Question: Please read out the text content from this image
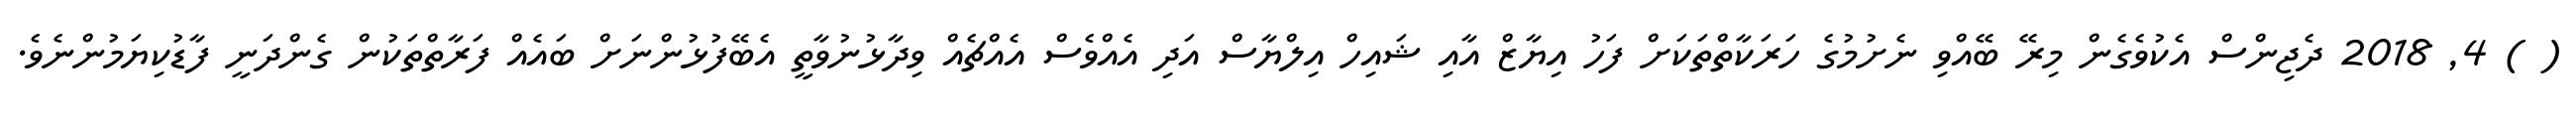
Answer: ( ) 4, 2018 ދެޖިންސް އެކުވެގެން މިރޭ ބޭއްވި ނެށުމުގެ ހަރަކާތްތަކަށް ފަހު އިޔާޒް އާއި ޝައިހް އިލްޔާސް އަދި އެއްވެސް އެއްޗެއް ވިދާޅުނުވާތީ އެބޭފުޅުންނަށް ބައެއް ފަރާތްތަކުން ގެންދަނީ ފާޑުކިޔަމުންނެވެ.